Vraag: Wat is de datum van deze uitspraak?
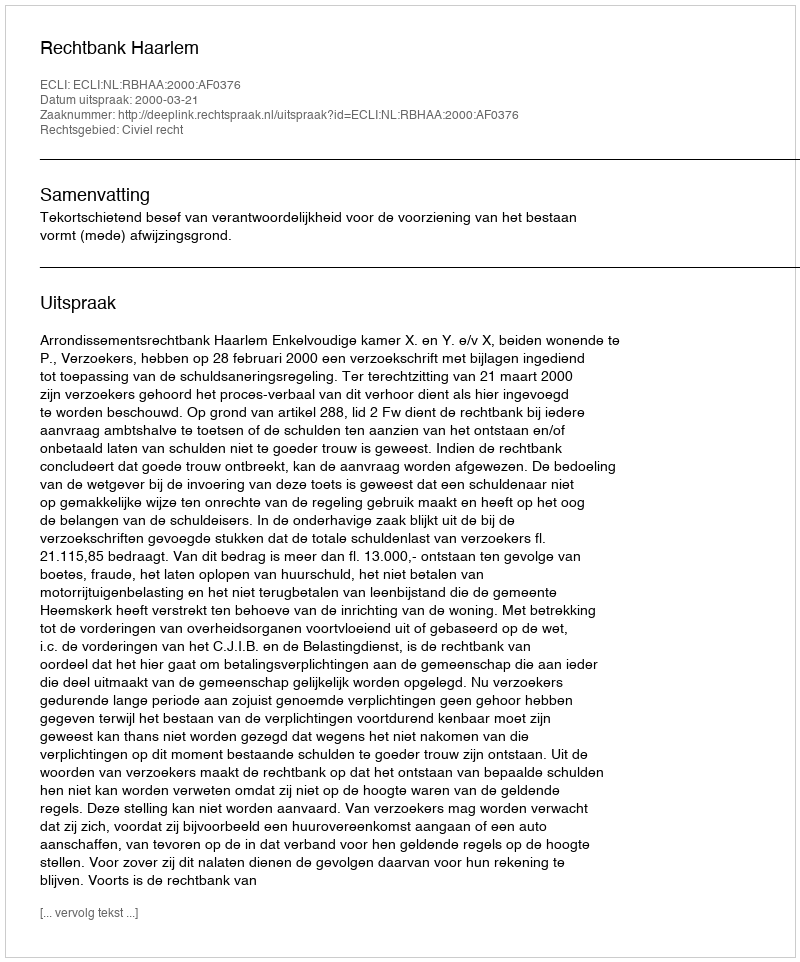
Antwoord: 2000-03-21